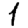
Digit: 1